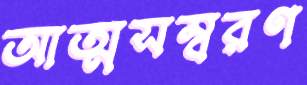
আত্মসম্বরণ